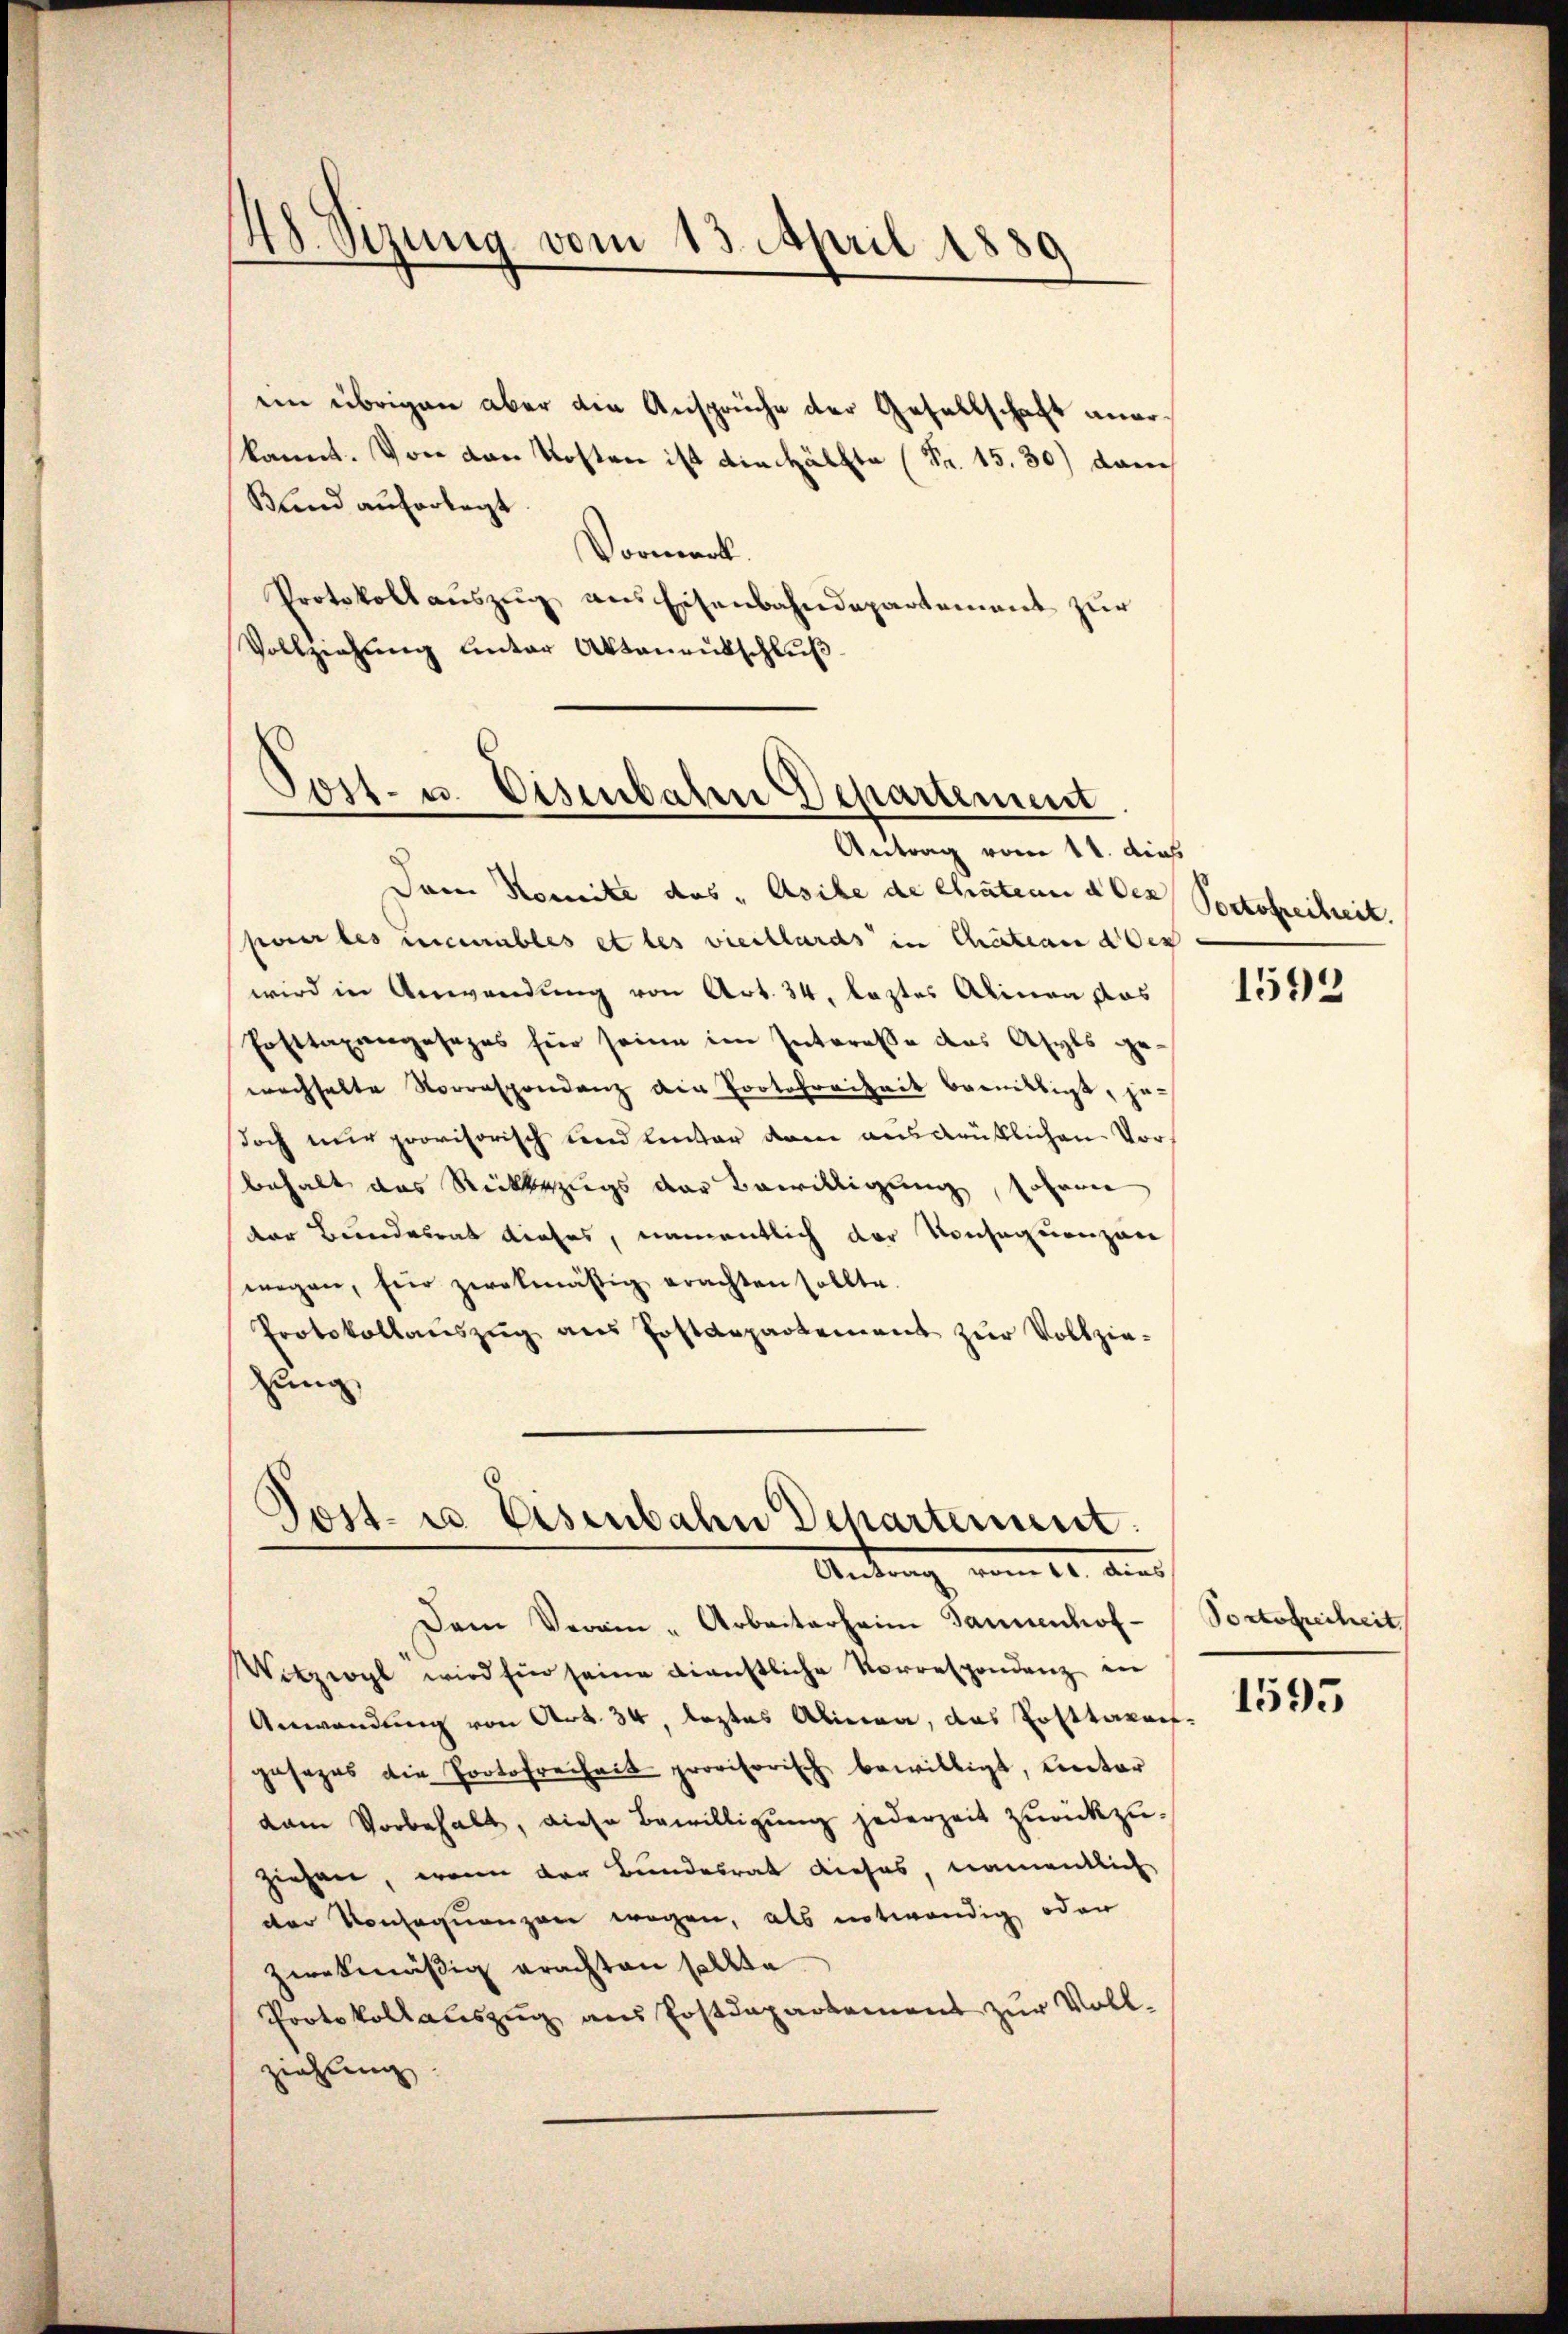
48. Sizung vom 13. April 1889
¬

ein übrigen aber die Ansprüche der Gesellschaft anerkannt. Von den Kosten ist die Hälfte (Fr. 15. 30) dem
Bund auferlegt.
Vormerk.
Protokoll auszug aus Eisenbahndepartement zur
Vollziehung unter Aktenentschluß

Tost- u. Eisenbaten Departement

Antrag vom 11. dies
Dann Komite des „Asike de Chatenn aber
parer les inceables et les viellards in Chateau den
wird in Anwendung von Art. 34. leztes Alinen das
Posttaxangesages für seine im Interesse des Asyls ge
wachhalte Vorrespondenz die Protofreiheit bewilligt, je
doch nur provisorisch und linter dem ausdrüklichen Vorbehalt das Rückbezugs der Bewilligung, sohann
der Bundesrat dieses, namentlich der Konsequenzen
wegen, für zwekmäsig erachten sollte.
Protokollanszŭg ans Postdepartement zŭr Vollzie-
ung

Post- u Eisenbahn Departement
Antrag vom 14. Jun.

Dem Verein-Arbeiterheim Tannenhof¬
Witzigl wird hin seine dienstliche Korrespondenz in
Anwendung von Art. 34, leztes Alinea, das Posttarauf
gesezes die Portofreiheit provisorisch bewilligt, unter
dam Vorbehalt, diese Bewilligung jederzeit zurückzu-
ziehen, wenn der Bundesrat dieses, namentlich
der Konsequenzen wegen, als notwendig oder
zwekmässig erachten sollte.
Protokollauszug aus Postdepartement zur Voll-
ziehung

Portofreiheit.

1592

Portofreiheit

1595